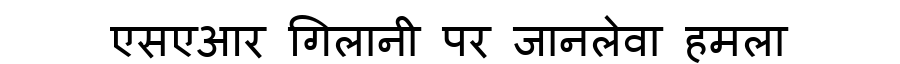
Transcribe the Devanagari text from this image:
एसएआर गिलानी पर जानलेवा हमला